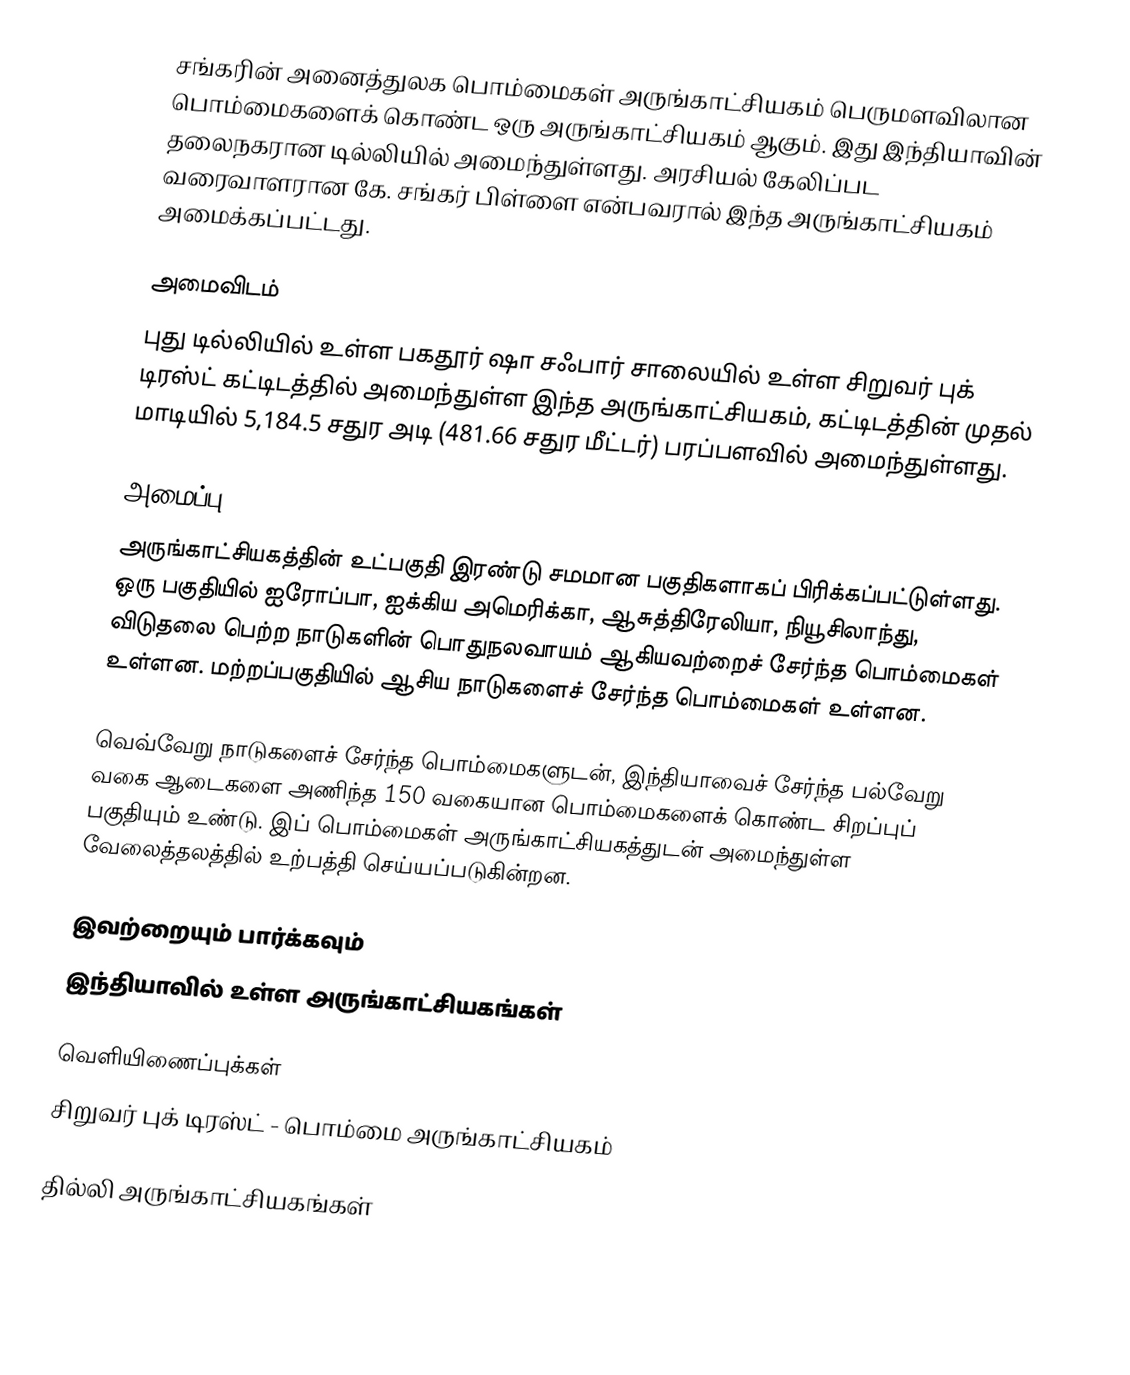
சங்கரின் அனைத்துலக பொம்மைகள் அருங்காட்சியகம்  பெருமளவிலான பொம்மைகளைக் கொண்ட ஒரு அருங்காட்சியகம் ஆகும். இது இந்தியாவின் தலைநகரான டில்லியில் அமைந்துள்ளது. அரசியல் கேலிப்பட வரைவாளரான கே. சங்கர் பிள்ளை என்பவரால் இந்த அருங்காட்சியகம் அமைக்கப்பட்டது.

அமைவிடம்
புது டில்லியில் உள்ள பகதூர் ஷா சஃபார் சாலையில் உள்ள சிறுவர் புக் டிரஸ்ட் கட்டிடத்தில் அமைந்துள்ள இந்த அருங்காட்சியகம், கட்டிடத்தின் முதல் மாடியில் 5,184.5 சதுர அடி (481.66 சதுர மீட்டர்) பரப்பளவில் அமைந்துள்ளது.

அமைப்பு
அருங்காட்சியகத்தின் உட்பகுதி இரண்டு சமமான பகுதிகளாகப் பிரிக்கப்பட்டுள்ளது. ஒரு பகுதியில் ஐரோப்பா, ஐக்கிய அமெரிக்கா, ஆசுத்திரேலியா, நியூசிலாந்து, விடுதலை பெற்ற நாடுகளின் பொதுநலவாயம் ஆகியவற்றைச் சேர்ந்த பொம்மைகள் உள்ளன. மற்றப்பகுதியில் ஆசிய நாடுகளைச் சேர்ந்த பொம்மைகள் உள்ளன.

வெவ்வேறு நாடுகளைச் சேர்ந்த பொம்மைகளுடன், இந்தியாவைச் சேர்ந்த பல்வேறு வகை ஆடைகளை அணிந்த 150 வகையான பொம்மைகளைக் கொண்ட சிறப்புப் பகுதியும் உண்டு. இப் பொம்மைகள் அருங்காட்சியகத்துடன் அமைந்துள்ள வேலைத்தலத்தில் உற்பத்தி செய்யப்படுகின்றன.

இவற்றையும் பார்க்கவும்
 இந்தியாவில் உள்ள அருங்காட்சியகங்கள்

வெளியிணைப்புக்கள்
 சிறுவர் புக் டிரஸ்ட் - பொம்மை அருங்காட்சியகம்

தில்லி அருங்காட்சியகங்கள்